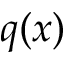
q ( x )